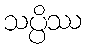
သပ္ပိဿ